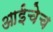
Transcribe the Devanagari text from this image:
आईचेच